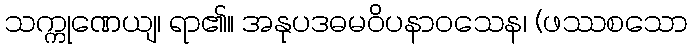
သက္ကုဏေယျ၊ ရာ၏။ အနုပဒဓမဝိပနာဝသေန၊ (ဖဿစသော